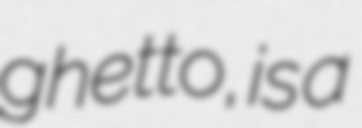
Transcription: ghetto, is a